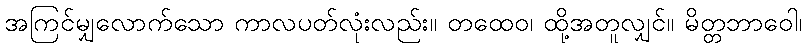
အကြင်မျှလောက်သော ကာလပတ်လုံးလည်း။ တထေဝ၊ ထို့အတူလျှင်။ မိတ္တဘာဝေါ၊